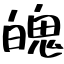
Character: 魄